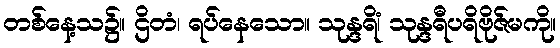
တစ်နေ့သ၌။ ဌိတံ၊ ရပ်နေသော။ သုန္ဒရိံ၊ သုန္ဒရီပရိဗိုဇ်မကို။